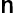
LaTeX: \mathsf{n}